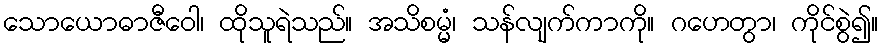
သောယောဓာဇီဝေါ၊ ထိုသူရဲသည်။ အသိစမ္မံ၊ သန်လျက်ကာကို။ ဂဟေတွာ၊ ကိုင်စွဲ၍။